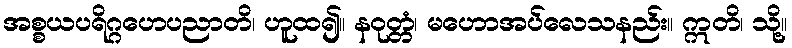
အစ္စယပရိဂ္ဂဟေပညာတိ၊ ဟူထ၍။ နဝုတ္တံ၊ မဟောအပ်လေသနည်း။ ဣတိ၊ သို့။